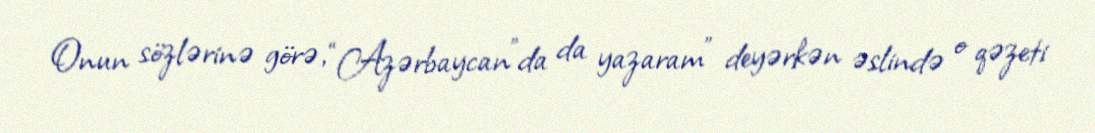
Onun sözlərinə görə, “Azərbaycan”da da yazaram" deyərkən əslində o qəzeti